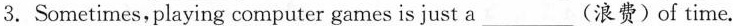
3.Sometimes, playing computer games is just a___(浪费)of time.